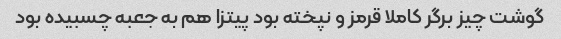
گوشت چیز برگر کاملا قرمز و نپخته بود پیتزا هم به جعبه چسبیده بود